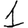
Digit: 1